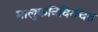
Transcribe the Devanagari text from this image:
मालुकविविरचित